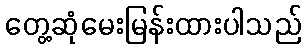
တွေ့ဆုံမေးမြန်းထားပါသည်